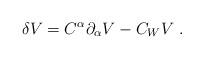
LaTeX: \begin{align*}\delta V = C^{\alpha}{\partial}_{\alpha} V - C_{W} V~.\end{align*}